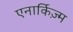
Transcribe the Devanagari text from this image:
एनार्किज़्म